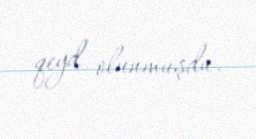
qeyd olunmuşdu.